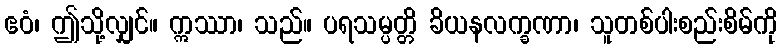
ဧဝံ၊ ဤသို့လျှင်။ ဣဿာ၊ သည်။ ပရသမ္ပတ္တိ ခိယနလက္ခဏာ၊ သူတစ်ပါးစည်းစိမ်ကို